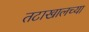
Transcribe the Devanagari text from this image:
तटाखालच्या